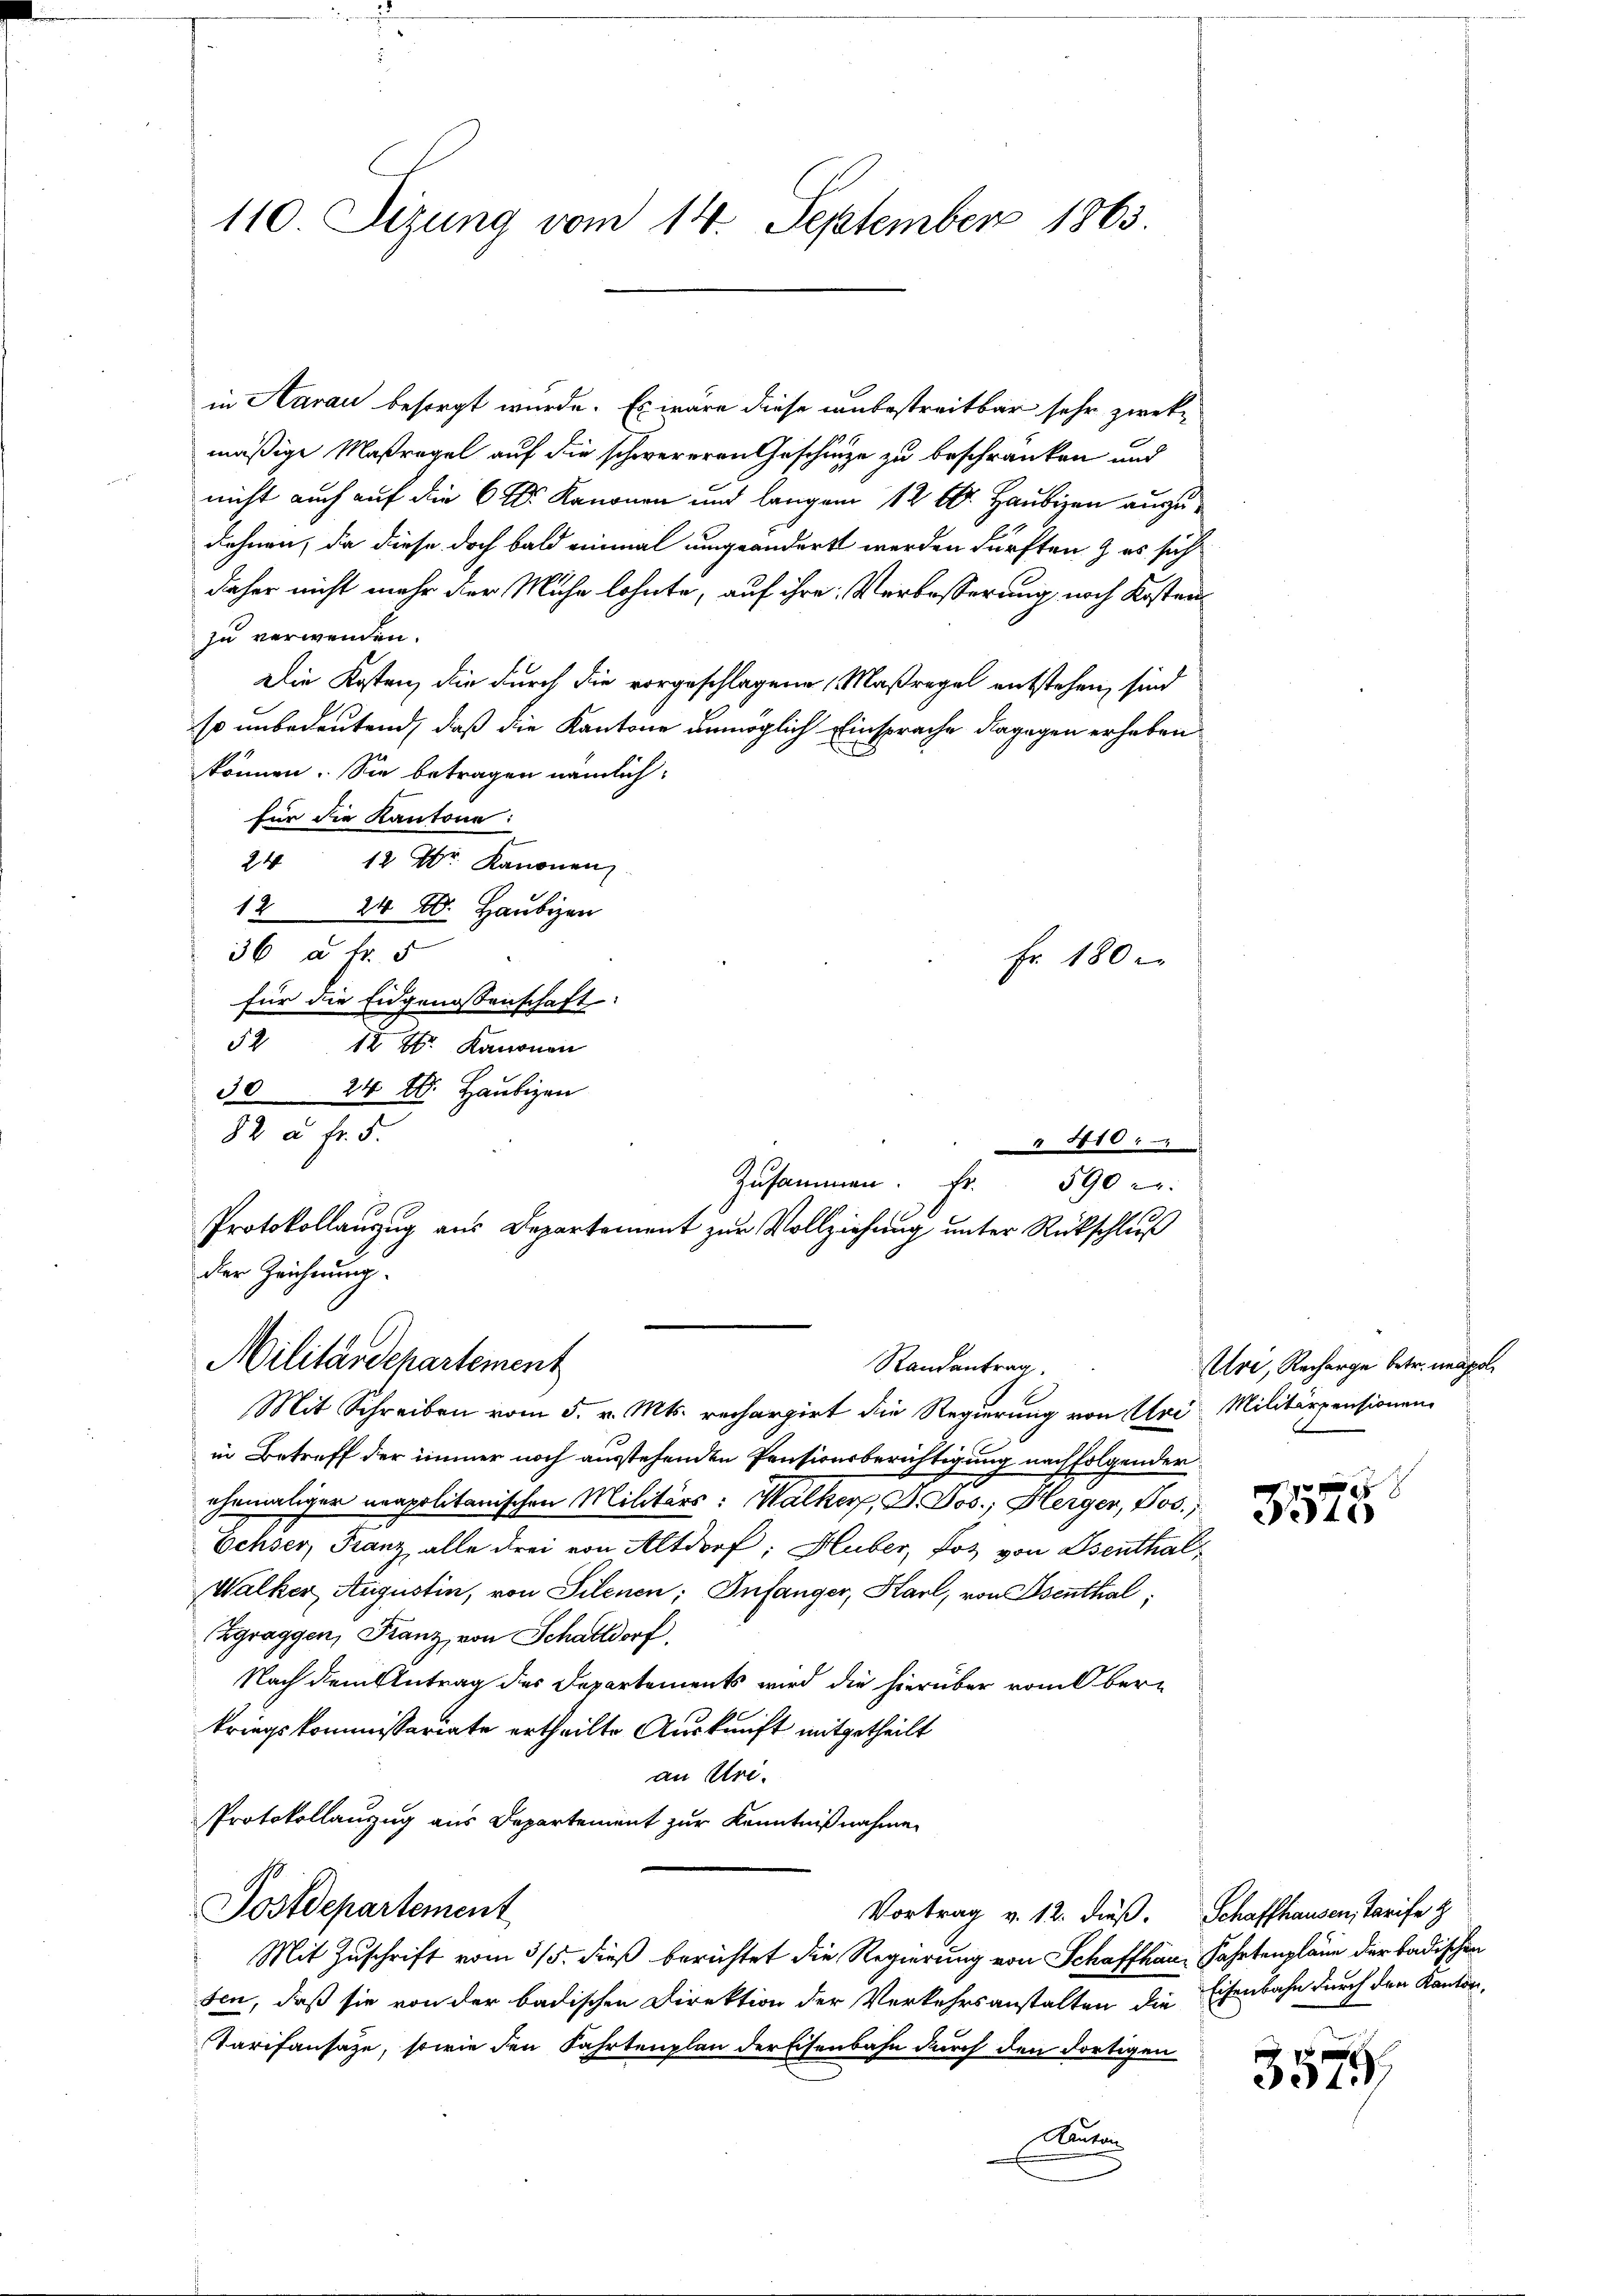
in Aarau besorgt wurde. Es wäre diese unbestreitbar sehr zwekmäßige Maßregel auf die schwereren Geschinge zu beschränken und
nicht auch auf die Kanonen und langen 12 l. Haubigen auszudehnen, da diese doch bald einmal umgeändert werden dürften & es sich
daher nicht mehr der Mühe lohnte, auf ihre Verbosserung noch Kosten
zu verwenden.
Die Kostenz die durch die vorgeschlagene Maßregel entstehen, sind
so unbedeutend, daß die Kantone unmöglich Einsprache dagegen erheben
können. Sie betragen nämlich:
für die Kantone:
24 12 Dr. Kanonen
1224 20. Haubigen
36 à Fr. 5
Fr. 180 e
für die Eidgenossenschaft
52 12 t. Kanonen
3024 26. Haubigen
in Betreff der immer noch ausstehenden Pensionsberichtigung nachfolgender
ehemaliger neapolitanischen Militärs: Walker, J. Jos. Herger, Jos.
Echser, Franz, alle drei von Altdorf; Huber, Pot von Benthal¬
Walker Augustin, von Silenen; Infanger, Karl, von Asenthal,
Zgraggen, Franz, von Schattdorf
Nach dem Antrag des Departements wird die hierüber vom Ober-
kriegskommissariate ertheilte Auskunft mitgetheilt
an Uri.
Protokollanzug aus Departement zur Kenntnißnahme
Postdepartement
Vortrag v. 12. dieß. Schaffhausen, Tarife z
Mit Zuschrift vom 3/5. dieß berichtet die Regierung von Schaffhau, Fahrtenpläne der badischen
sen, daß sie von der badischen Direktion der Verkehrsanstalten die Eisenbahn durch den Kanton,
Tarifansaze, sowie den Fahrtenplan der Eisenbahn durch den dortigen
Anton

110. Sizung vom 14. September 1863.

82 u. fr. 5.
Protokollanzug aus Departement zur Vollziehung unter Rückschluß
der Zeichnung.
Militärdepartement
Randantrag
Mit Schreiben vom 5. v. Mts. rechargirt die Regierung von Uri, Militärpensionen

410.

Zusammen. Fr. 590

Uri, Recharge betr. unapol

e
4

3575